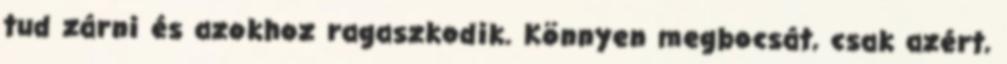
tud zárni és azokhoz ragaszkodik. Könnyen megbocsát, csak azért,